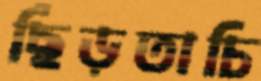
ছিঁড়তাচি